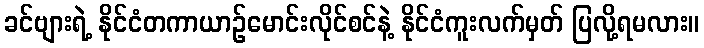
ခင်ဗျားရဲ့ နိုင်ငံတကာယာဉ်မောင်းလိုင်စင်နဲ့ နိုင်ငံကူးလက်မှတ် ပြလို့ရမလား။